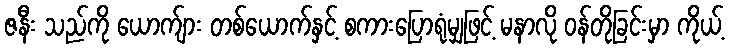
ဇနီး သည်ကို ယောက်ျား တစ်ယောက်နှင့် စကားပြောရုံမျှဖြင့် မနာလို ဝန်တိုခြင်းမှာ ကိုယ့်